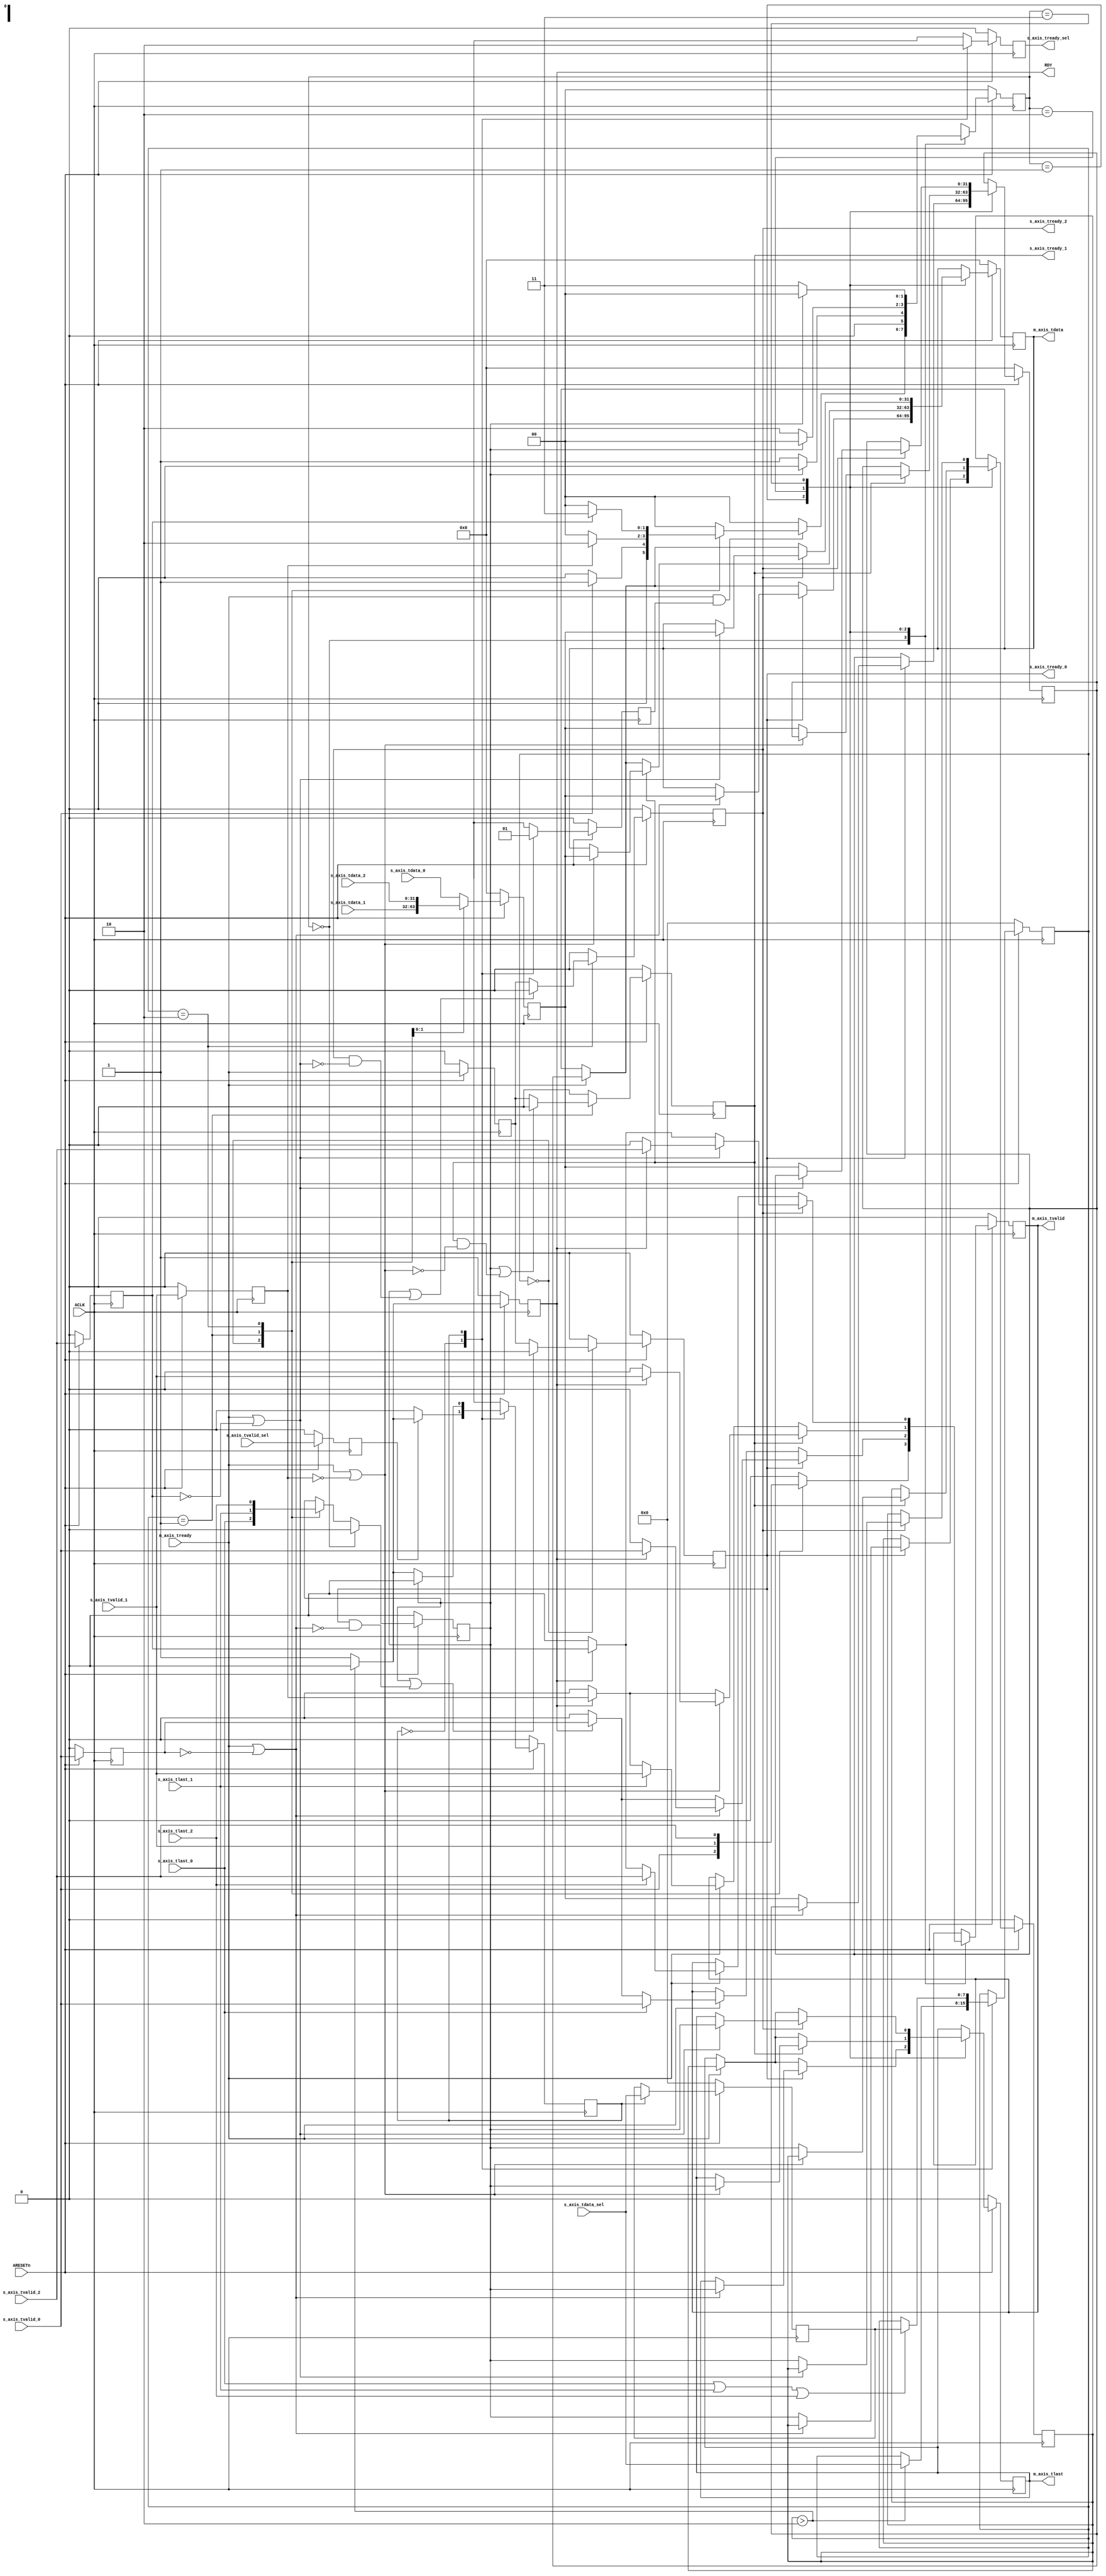
`timescale 1ns / 1ps
//////////////////////////////////////////////////////////////////////////////////
////////////////////////////////////////////////////////////////////


module DSP_DATA_SWITCH
#(parameter DATA_WIDTH_IN_BYTES = 4)
(
input   wire ACLK,
input   wire ARESETn,
//setting
input   wire   [7:0]                    s_axis_tdata_sel,
input   wire                            s_axis_tvalid_sel,
output  wire                            s_axis_tready_sel,

//1
input  wire [8*DATA_WIDTH_IN_BYTES-1:0] s_axis_tdata_0,
input  wire                             s_axis_tvalid_0,
input  wire                             s_axis_tlast_0,
output wire                             s_axis_tready_0,
//2
input  wire [8*DATA_WIDTH_IN_BYTES-1:0] s_axis_tdata_1,
input  wire                             s_axis_tlast_1,
input  wire                             s_axis_tvalid_1,
output wire                             s_axis_tready_1,
//3
input  wire [8*DATA_WIDTH_IN_BYTES-1:0] s_axis_tdata_2,
input  wire                             s_axis_tvalid_2,
input  wire                             s_axis_tlast_2,
output wire                             s_axis_tready_2 ,

output wire [8*DATA_WIDTH_IN_BYTES-1:0] m_axis_tdata ,
output wire                             m_axis_tvalid,
output wire                             m_axis_tlast,
input  wire                             m_axis_tready,

output reg RDY = 1
    );
    
reg [7:0] select = 0;
reg [7:0] select_reg = 0;

reg       state_sel  = 0,  next_state_sel  = 0;
reg [1:0] state_f    = 0,  next_state_f    = 0;

reg  allow_state_selection = 0;

localparam [1:0] ST_W = 3'd0, 
ST_S0_go = 3'd1, ST_S1_go = 3'd2, ST_S2_go = 3'd3;//, 

   
reg                              m_axis_tvalid_int;
reg                              m_axis_tready_0_int;
reg                              m_axis_tready_1_int;
reg                              m_axis_tready_2_int;
reg  [8*DATA_WIDTH_IN_BYTES-1:0] m_axis_tdata_int; 
reg                              m_axis_tlast_int;

reg                              s_axis_tvalid_sel_int;
reg                              s_axis_tready_sel_int;

reg                              m_axis_tready_reg;

reg                              s_axis_tvalid_0_reg;
reg                              s_axis_tvalid_1_reg;
reg                              s_axis_tvalid_2_reg;

reg [8*DATA_WIDTH_IN_BYTES-1:0]  m_axis_tdata_reg; 
reg                              m_axis_tlast_reg;

reg [8*DATA_WIDTH_IN_BYTES-1:0]  temp_m_axis_tdata_reg ; 
reg                              temp_m_axis_tlast_reg ; 
 

assign  m_axis_tvalid   = m_axis_tvalid_int;
assign  s_axis_tready_0 = m_axis_tready_0_int;
assign  s_axis_tready_1 = m_axis_tready_1_int;
assign  s_axis_tready_2 = m_axis_tready_2_int;
assign  m_axis_tdata    = m_axis_tdata_reg;
assign  m_axis_tlast    = m_axis_tlast_reg;

assign  s_axis_tready_sel = s_axis_tready_sel_int;

always @(posedge ACLK) begin
    if (!ARESETn)
        RDY        <= 1;
    else begin  
        if (select > 8'd2) RDY <= 0;
        else               RDY <= 1;
    end
end

//sel interface
always @* begin
    case (state_sel)
        1'd0: begin
            if (!s_axis_tvalid_sel_int) begin   
                next_state_sel        = 1'd0;
            end else  begin 
                 next_state_sel = 1'd1;
                if (select > 8'd2 )
                next_state_sel = 1'd0;
            end    
        end
          
        1'd1:begin
            if (!m_axis_tlast_int) begin   
               // next_state_sel = 1'd1;
                if (select > 8'd2 )
                    next_state_sel = 1'd0; 
                else next_state_sel = 1'd1; 
            end else  begin 
                next_state_sel = 1'd0;
                
            end    
        end  
        default: begin
            if (!s_axis_tvalid_sel_int) begin   
                next_state_sel        = 1'd0;
            end else  begin 
            next_state_sel = 1'd1;
            end    
        end
    endcase 

end
 
always @( posedge ACLK ) begin
    if (!ARESETn) begin
        state_sel             <= 1'd0;
        s_axis_tvalid_sel_int <= 0;
        s_axis_tready_sel_int <= 0;
        allow_state_selection <= 1'b0; 
        select_reg            <= 0;
        select                <= 0;
    end else begin
    state_sel             <= next_state_sel;
    s_axis_tvalid_sel_int <= s_axis_tvalid_sel;
    
    case (state_sel) 
     1'd0: begin
        s_axis_tready_sel_int <= 1'b1;
        if (select > 8'd2) 
              select <= s_axis_tdata_sel ;//8'd0;
        else  select <= select ;//8'd0;
        allow_state_selection <= 1'b0;
     end
   
     
     1'd1:begin
        s_axis_tready_sel_int <= 1'b0;
        select_reg            <= s_axis_tdata_sel;
        allow_state_selection <= 1'b1;
        
        if (s_axis_tlast_0 || s_axis_tlast_1 || s_axis_tlast_2 ) begin
            select <= select_reg;
        end
        
     end
     default: begin
        s_axis_tready_sel_int <= 1'b1;
        select                <= select ;
        allow_state_selection <= 1'b0;
     end
    endcase
    
    end 
end 

//f
always @* begin
    case (state_f)
        ST_W: begin
           if (m_axis_tready  && allow_state_selection) begin 
                
                    case (select)
                    8'd0: begin 
                        if ( s_axis_tvalid_0)   
                             next_state_f = ST_S0_go;
                        else next_state_f = ST_W;
                    end
                    
                    8'd1: begin   
                        if (s_axis_tvalid_1_reg)   
                             next_state_f = ST_S1_go;
                        else next_state_f = ST_W;
                    end
                    
                    8'd2: begin   
                        if (s_axis_tvalid_2_reg)   
                             next_state_f = ST_S2_go;
                        else next_state_f = ST_W;
                    end
                    
                    default:begin      
                        next_state_f = ST_W;
                    end
                    endcase
                 
           end else begin
                next_state_f = ST_W;
           end
        end
        //-----------------------------------------------
        
        ST_S0_go:begin          
            if (!m_axis_tlast_int) begin
                next_state_f = ST_S0_go;
            end else begin
                next_state_f = ST_W;
            end 
              
        end
        
        //---------------------------------------------------
      
        ST_S1_go:begin           
            if (!m_axis_tlast_int) begin
                next_state_f = ST_S1_go;
            end else begin
                next_state_f = ST_W;
            end 
              
        end
        
        //--------------------------------------------------
        
        ST_S2_go:begin
        
            if (!m_axis_tlast_int) begin
                 next_state_f = ST_S2_go;
            end else begin
                 next_state_f = ST_W;
            end 
              
        end

        default: begin
            if (m_axis_tready_reg && allow_state_selection) begin 
                case (select)
                8'd0:    next_state_f = ST_S0_go;
                8'd1:    next_state_f = ST_S1_go;
                8'd2:    next_state_f = ST_S2_go;
                default: next_state_f = ST_W; 
                endcase 
           end else begin
                next_state_f = ST_W;
           end  
        end
    endcase 

end

always @(posedge ACLK) begin
    if(!ARESETn) begin
        state_f               <= ST_W;
        m_axis_tready_reg     <= 0;
        s_axis_tvalid_0_reg   <= 0;
        s_axis_tvalid_1_reg   <= 0;
        s_axis_tvalid_2_reg   <= 0;
        m_axis_tready_0_int   <= 0;
        m_axis_tready_1_int   <= 0;
        m_axis_tready_2_int   <= 0;
        m_axis_tvalid_int     <= 0;
        m_axis_tlast_int      <= 0;
        m_axis_tdata_int      <= 0;
        m_axis_tdata_reg      <= 0;
        temp_m_axis_tdata_reg <= 0;    
        temp_m_axis_tlast_reg <= 0;    
        m_axis_tlast_reg      <= 0;    
       
    end else begin
    
            state_f             <= next_state_f;
            m_axis_tready_reg   <= m_axis_tready; 
            s_axis_tvalid_0_reg <= s_axis_tvalid_0;
            s_axis_tvalid_1_reg <= s_axis_tvalid_1; 
            s_axis_tvalid_2_reg <= s_axis_tvalid_2;
        
            case (select)
                8'd0:begin
                    m_axis_tdata_int    <= s_axis_tdata_0;
                    m_axis_tlast_int    <= s_axis_tlast_0;
                      if (m_axis_tlast_int || (m_axis_tready_0_int && !(m_axis_tready || !s_axis_tvalid_0_reg)))
                    m_axis_tready_0_int <= 0;
                     else m_axis_tready_0_int <= m_axis_tready_reg;
                    m_axis_tready_1_int <= 0;
                    m_axis_tready_2_int <= 0;
                end
                8'd1:begin
                     m_axis_tdata_int    <= s_axis_tdata_1;
                    m_axis_tlast_int    <= s_axis_tlast_1;
                      if (m_axis_tlast_int || (m_axis_tready_1_int && !(m_axis_tready || !s_axis_tvalid_1_reg)))
                    m_axis_tready_1_int <= 0;
                     else m_axis_tready_1_int <= m_axis_tready_reg;
                    m_axis_tready_0_int <= 0;
                    m_axis_tready_2_int <= 0;
                end
               8'd2:begin
                    m_axis_tdata_int    <= s_axis_tdata_2;
                    m_axis_tlast_int    <= s_axis_tlast_2;
                      if (m_axis_tlast_int || (m_axis_tready_2_int && !(m_axis_tready || !s_axis_tvalid_2_reg)))
                    m_axis_tready_2_int <= 0;
                     else m_axis_tready_2_int <= m_axis_tready_reg;
                    m_axis_tready_1_int <= 0;
                    m_axis_tready_0_int <= 0;
                end
                default:begin
                    m_axis_tdata_int    <= s_axis_tdata_0; 
                    m_axis_tready_0_int <= 0;
                    m_axis_tready_1_int <= 0;
                    m_axis_tready_2_int <= 0;
                end
            endcase
        case (state_f)
            ST_W: begin 
            m_axis_tlast_int    <= 0; 
              case (select)
                8'd0:    m_axis_tvalid_int   <= s_axis_tvalid_0; 
                8'd1:    m_axis_tvalid_int   <= s_axis_tvalid_1; 
                8'd2:    m_axis_tvalid_int   <= s_axis_tvalid_2; 
                default: m_axis_tvalid_int   <= 0;
              endcase 
                  
            end 
           
            ST_S0_go:begin
                if (m_axis_tready_0_int) begin
               
                       if (m_axis_tready || !s_axis_tvalid_0_reg) begin
                           m_axis_tlast_reg  <= m_axis_tlast_int;
                           m_axis_tdata_reg  <= m_axis_tdata_int;
                           if (RDY)
                                m_axis_tvalid_int <= s_axis_tvalid_0;//;
                           else m_axis_tvalid_int <= 0;

                       end else begin
                            temp_m_axis_tdata_reg  <=  m_axis_tdata_int;     
                            temp_m_axis_tlast_reg <=  m_axis_tlast_int;
                            if (RDY)
                                 m_axis_tvalid_int <= s_axis_tvalid_0_reg;//;
                            else m_axis_tvalid_int <= 0;
                       end 
                 end else if (m_axis_tready) begin
                   
                      m_axis_tdata_reg     <= temp_m_axis_tdata_reg;
                      m_axis_tlast_reg     <= temp_m_axis_tlast_reg;
                      if (!s_axis_tlast_0)
                          if (RDY)
                               m_axis_tvalid_int <= s_axis_tvalid_0_reg;
                          else m_axis_tvalid_int <= 0;
                      else m_axis_tvalid_int <= s_axis_tvalid_0;      
                      
                 end
                            
                   
            end
          
            ST_S1_go: begin
                 if (m_axis_tready_1_int) begin
               
                       if (m_axis_tready || !s_axis_tvalid_1_reg) begin
                           m_axis_tlast_reg  <= m_axis_tlast_int;
                           m_axis_tdata_reg  <= m_axis_tdata_int;
                           
                           if (RDY)                  
                              m_axis_tvalid_int <= s_axis_tvalid_1;//;
                           else   m_axis_tvalid_int <= 0; 
                                    
                       end else begin
                            temp_m_axis_tdata_reg  <=  m_axis_tdata_int;     
                            temp_m_axis_tlast_reg <=  m_axis_tlast_int;
                            if (RDY)                      
                             m_axis_tvalid_int <= s_axis_tvalid_1_reg;//;
                            else   m_axis_tvalid_int <= 0; 
                       end 
                 end else if (m_axis_tready) begin
                      m_axis_tdata_reg     <= temp_m_axis_tdata_reg;
                      m_axis_tlast_reg     <= temp_m_axis_tlast_reg;
                      if (!s_axis_tlast_1)
                            if (RDY)                      
                                 m_axis_tvalid_int      <= s_axis_tvalid_1_reg;
                            else m_axis_tvalid_int <= 0;
                      else m_axis_tvalid_int <= s_axis_tvalid_1;           
                 end
            end
           
            ST_S2_go: begin
                 if (m_axis_tready_2_int) begin
               
                       if (m_axis_tready || !s_axis_tvalid_2_reg) begin
                           m_axis_tlast_reg  <= m_axis_tlast_int;
                           m_axis_tdata_reg  <= m_axis_tdata_int;
                           if (RDY)                      
                                  m_axis_tvalid_int <= s_axis_tvalid_2;//;
                           else   m_axis_tvalid_int <= 0;
                       end else begin
                            temp_m_axis_tdata_reg  <=  m_axis_tdata_int;     
                            temp_m_axis_tlast_reg <=  m_axis_tlast_int;
                            if (RDY)                      
                                   m_axis_tvalid_int <= s_axis_tvalid_2_reg;//;
                            else   m_axis_tvalid_int <= 0; 
                       end 
                 end else if (m_axis_tready) begin
                      m_axis_tdata_reg     <= temp_m_axis_tdata_reg;
                      m_axis_tlast_reg     <= temp_m_axis_tlast_reg;
                      if (!s_axis_tlast_2)
                             if (RDY)                      
                                  m_axis_tvalid_int      <= s_axis_tvalid_2_reg;
                             else   m_axis_tvalid_int <= 0;
                      else m_axis_tvalid_int <= s_axis_tvalid_2;                      
                 end
            end
            default: begin
              m_axis_tlast_int    <= 0; 
              case (select)
                8'd0:    m_axis_tvalid_int   <= s_axis_tvalid_0; 
                8'd1:    m_axis_tvalid_int   <= s_axis_tvalid_1; 
                8'd2:    m_axis_tvalid_int   <= s_axis_tvalid_2; 
                default: m_axis_tvalid_int   <= 0;
              endcase 
            end 
         
        
        endcase
    end
end
  
endmodule